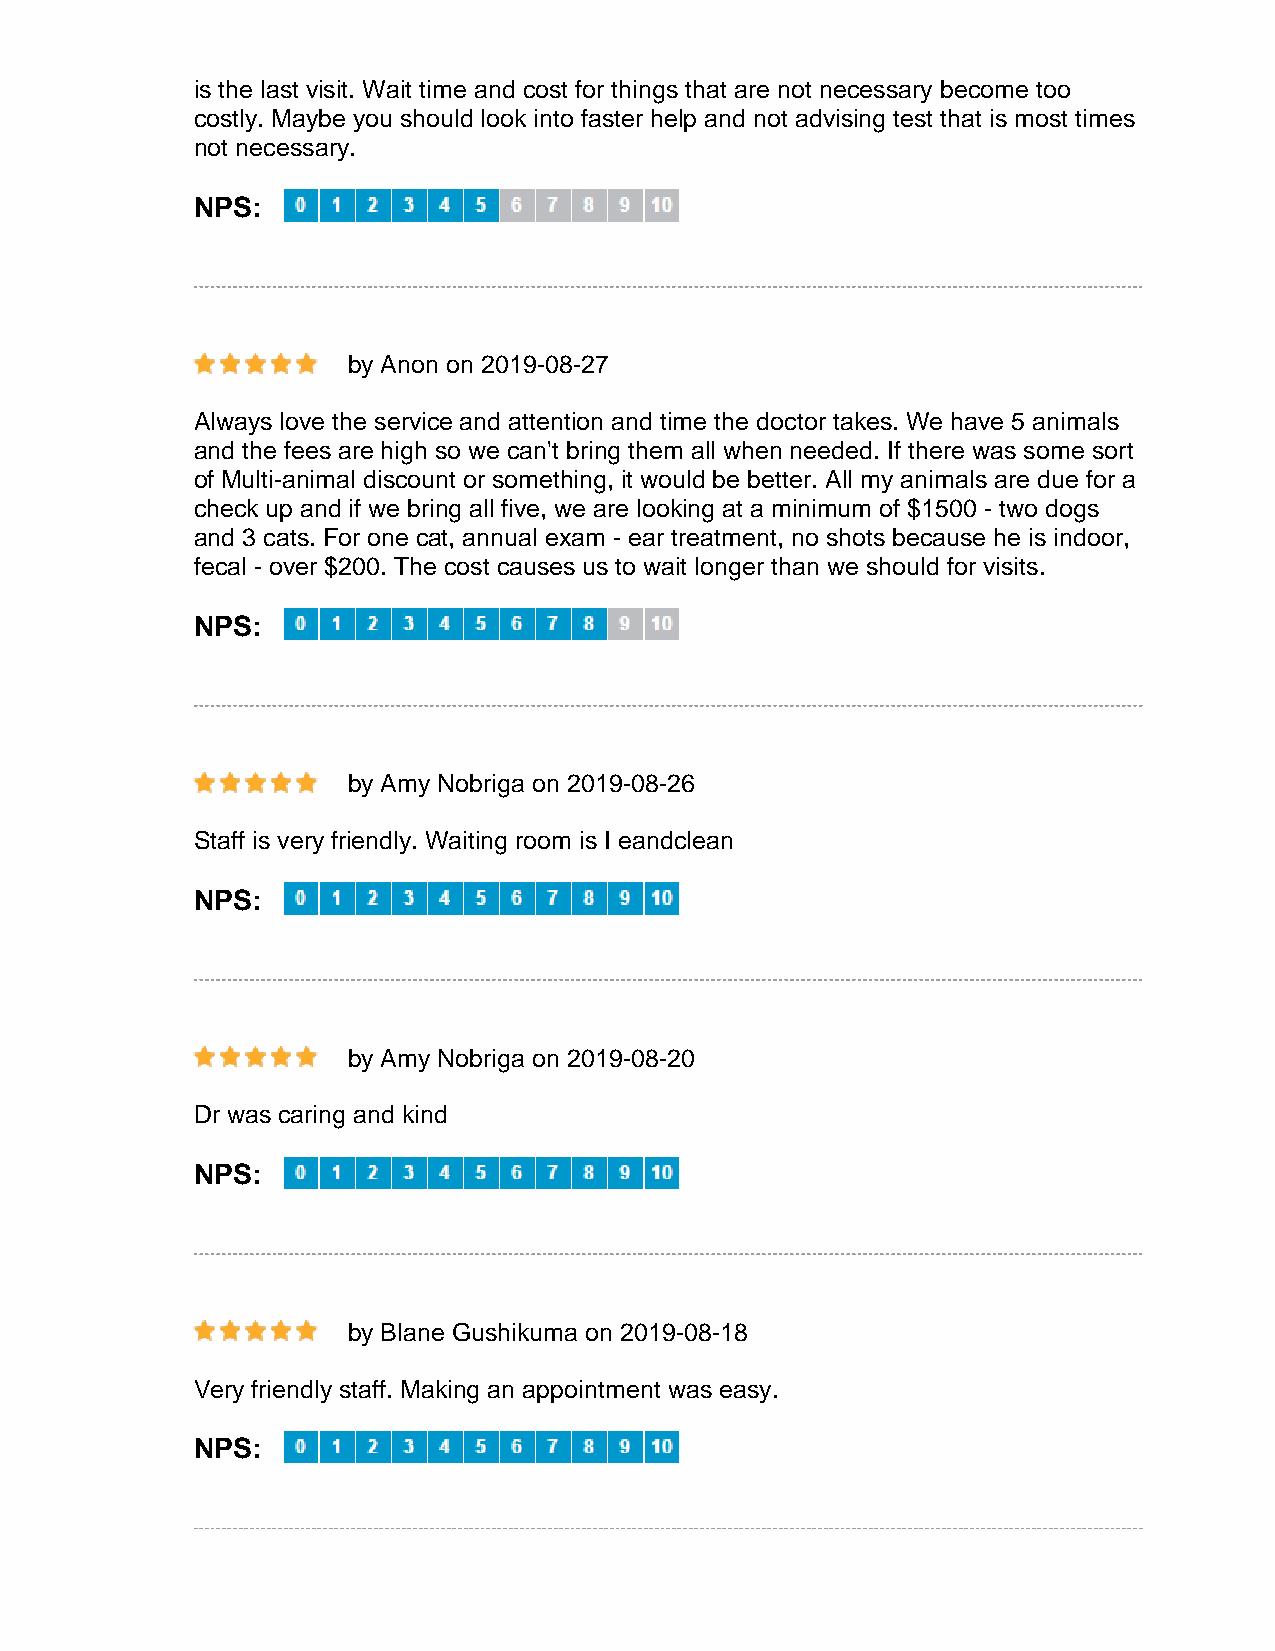
is the last visit. Wait time and cost for things that are not necessary become too
 costly. Maybe you should look into faster help and not advising test that is most times
 not necessary.
 NPS:
 by Anon on 2019-08-27
 Always love the service and attention and time the doctor takes. We have 5 animals
 and the fees are high so we can't bring them all when needed. If there was some sort
 of Multi-animal discount or something, it would be better. All my animals are due for a
 check up and if we bring all five, we are looking at a minimum of $1500 - two dogs
 and 3 cats. For one cat, annual exam - ear treatment, no shots because he is indoor,
 fecal - over $200. The cost causes us to wait longer than we should for visits.
 NPS:
 by Amy Nobriga on 2019-08-26
 Staff is very friendly. Waiting room is I eandclean
 NPS:
 by Amy Nobriga on 2019-08-20
 Dr was caring and kind
 NPS:
 by Blane Gushikuma on 2019-08-18
 Very friendly staff. Making an appointment was easy.
 NPS: